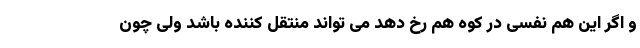
و اگر این هم نفسی در کوه هم رخ دهد می تواند منتقل کننده باشد ولی چون